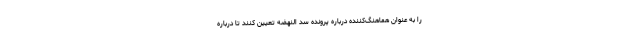
را به عنوان هماهنگ‌کننده درباره پرونده سد النهضه تعیین کنند تا درباره